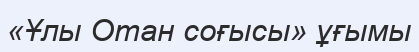
«Ұлы Отан соғысы» ұғымы